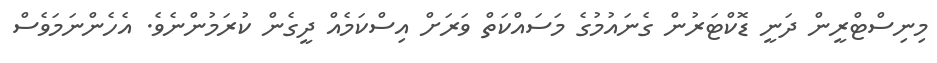
މިނިސްޓްރީން ދަނީ ޑޮކްޓަރުން ގެނައުމުގެ މަސައްކަތް ވަރަށް އިސްކަމެއް ދީގެން ކުރަމުންނެވެ. އެހެންނަމަވެސް